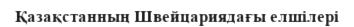
Қазақстанның Швейцариядағы елшілері